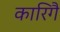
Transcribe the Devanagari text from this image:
कारिगै